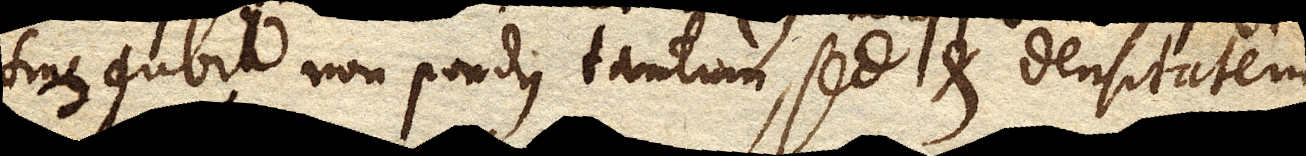
sine dubio non pondus tantum, sed et densitatem